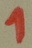
Text: 1